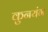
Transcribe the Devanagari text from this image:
कुनयंग